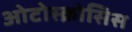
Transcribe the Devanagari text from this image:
ओटोस्क्रोसिस